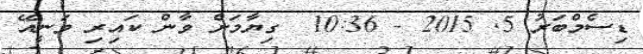
ޑިސެމްބަރު 5